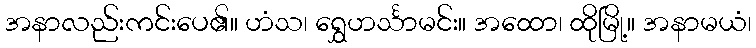
အနာလည်းကင်းပေ၏။ ဟံသ၊ ရွှေဟင်္သာမင်း။ အထော၊ ထိုမြို့။ အနာမယံ၊